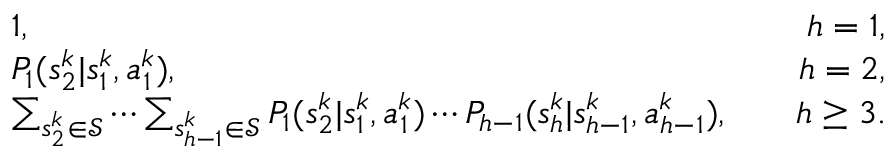
\begin{array} { r l r } & { 1 , \quad } & { h = 1 , } \\ & { P _ { 1 } ( s _ { 2 } ^ { k } \vert s _ { 1 } ^ { k } , a _ { 1 } ^ { k } ) , \quad } & { h = 2 , } \\ & { \sum _ { s _ { 2 } ^ { k } \in \mathcal { S } } \cdots \sum _ { s _ { h - 1 } ^ { k } \in \mathcal { S } } P _ { 1 } ( s _ { 2 } ^ { k } \vert s _ { 1 } ^ { k } , a _ { 1 } ^ { k } ) \cdots P _ { h - 1 } ( s _ { h } ^ { k } \vert s _ { h - 1 } ^ { k } , a _ { h - 1 } ^ { k } ) , \quad } & { h \geq 3 . } \end{array}